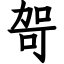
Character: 哿